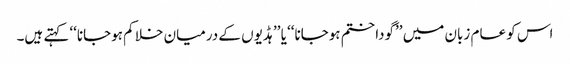
اس کو عام زبان میں ’’گودا ختم ہوجانا‘‘ یا ’’ہڈیوں کے درمیان خلا کم ہوجانا‘‘ کہتے ہیں۔